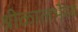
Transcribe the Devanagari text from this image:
श्रीकालभैरव